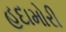
હદામોરી